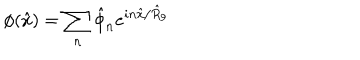
LaTeX: \phi ( \hat { x } ) = \sum _ { n } \hat { \phi } _ { n } e ^ { i n \hat { x } / \hat { R } _ { 9 } }